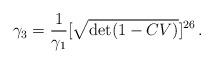
LaTeX: \begin{align*}\gamma_3 = \frac{ 1}{ \gamma_1} [\sqrt{\det (1-CV)}]^{26}\,.\end{align*}